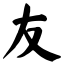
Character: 友